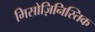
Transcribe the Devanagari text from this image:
मिसोज़िनिस्तिक